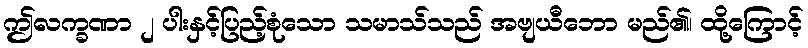
ဤလက္ခဏာ ၂ ပါးနှင့်ပြည့်စုံသော သမာသ်သည် အဗျယီဘော မည်၏၊ ထို့ကြောင့်